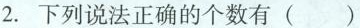
2. 下列说法正确的个数有 ()